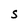
Character: S